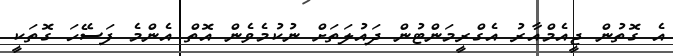
އެ ގޮތުން ޖީއެމްއާރު އެގްރީމަންޓުން ދައުލަތަށް ނުކުމެވެން އޮތް އެންމެ ފަސޭހަ ގޮތަކީ